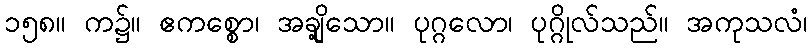
၁၅၈။ က၌။ ဧကစ္စော၊ အချို့သော။ ပုဂ္ဂလော၊ ပုဂ္ဂိုလ်သည်။ အကုသလံ၊